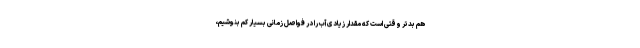
هم بدتر وقتی است که مقدار زیادی آب را در فواصل زمانی بسیار کم بنوشیم،